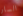
السار